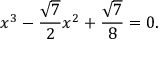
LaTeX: x ^ { 3 } - { \frac { \sqrt { 7 } } { 2 } } x ^ { 2 } + { \frac { \sqrt { 7 } } { 8 } } = 0 .